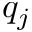
q _ { j }